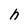
Character: h